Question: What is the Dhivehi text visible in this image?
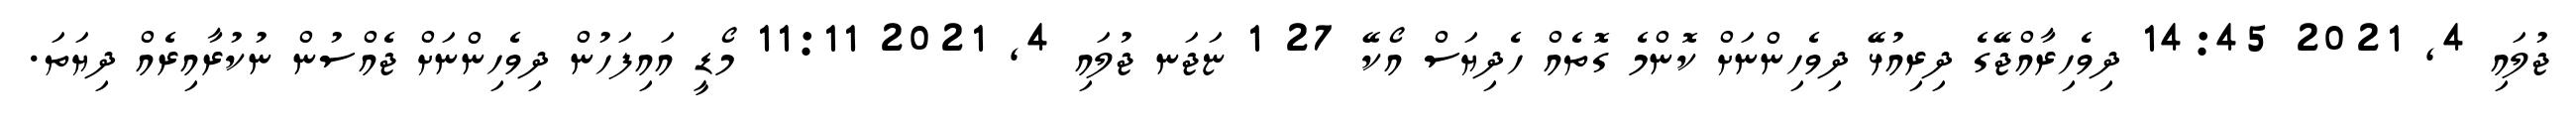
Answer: ޖުލައި 4, 2021 14:45 ދިވެހިރާއްޖޭގެ ދިރިއުޅޭ ދިވެހިންނަށް ކޮންމެ ގޮތެއް ހެދިޔަސް އޯކޭ 27 1 ޏަޖަނ ޖުލައި 4, 2021 11:11 މޯޑީ އައިފަހުން ދިވެހިންނަށް ޖެއްސުން ނުކުރާއިރެއް ދިޔަތަ.